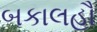
બકાલહૌ